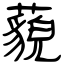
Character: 藐